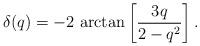
LaTeX: \begin{align*}\delta(q)=-2~\mbox{arctan}\left[\frac{3q}{2-q^2}\right].\end{align*}